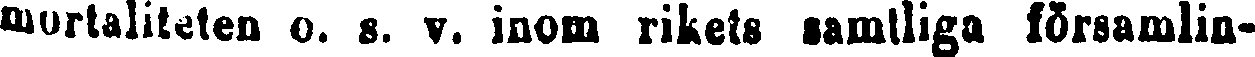
moraliteten o. s. v. inom rikets samtliga församlin-